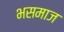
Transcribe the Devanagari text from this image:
भसमाज